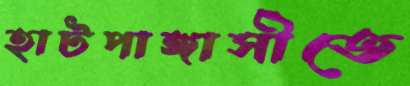
হাটপাঙ্গাসীতে